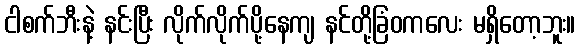
ငါစက်ဘီးနဲ့ နင်းပြီး လိုက်လိုက်ပို့နေကျ နင်တို့ခြံဝကလေး မရှိတော့ဘူး။